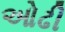
ઓઢી